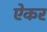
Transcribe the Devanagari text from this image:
ऐकर